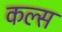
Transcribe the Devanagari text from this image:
कल्स